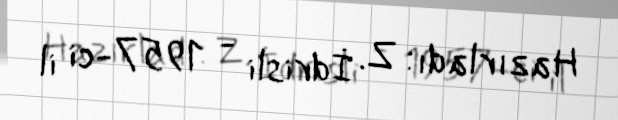
Hazırladı: Z. İdrisli - 1957-ci il